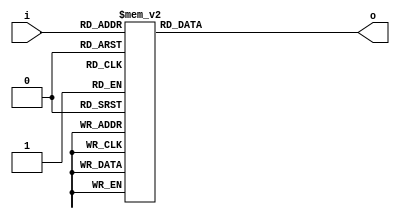
// Displays the appropriate hex character to the seven-segment display.

module seven_segment (input [3:0]i, output reg [6:0]o);
	
	always @(*)
	begin
		case (i)
			4'b0000:
				o = 7'b0000001;
			4'b0001:
				o = 7'b1001111;
			4'b0010:
				o = 7'b0010010;
			4'b0011:
				o = 7'b0000110;
			4'b0100:
				o = 7'b1001100;
			4'b0101:
				o = 7'b0100100;
			4'b0110:
				o = 7'b0100000;
			4'b0111:
				o = 7'b0001111;
			4'b1000:
				o = 7'b0000000;
			4'b1001:
				o = 7'b0001100; // 9
			4'b1010:
				o = 7'b0001000;
			4'b1011:
				o = 7'b1100000;
			4'b1100:
				o = 7'b0110001;
			4'b1101:
				o = 7'b1000010;
			4'b1110:
				o = 7'b0110000;
			4'b1111:
				o = 7'b0111000;
			
			default: o = 7'b1111111;
		endcase
	end
	
endmodule